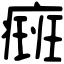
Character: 㿀